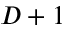
D + 1